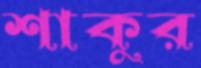
শাকুর